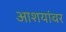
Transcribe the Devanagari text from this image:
आशयांवर